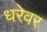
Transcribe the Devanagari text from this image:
धरेवर